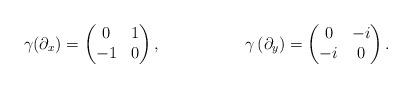
LaTeX: \begin{align*}\gamma(\partial_x) &=\begin{pmatrix}0 & 1 \\-1 & 0 \\\end{pmatrix},& \gamma\left(\partial_y\right) &=\begin{pmatrix}0 & -i \\-i & 0 \\\end{pmatrix}.\end{align*}